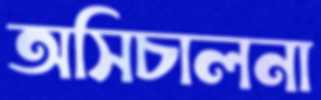
অসিচালনা